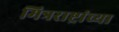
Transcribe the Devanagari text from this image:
मित्रराष्ट्रांच्या